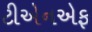
ટીએનએફ